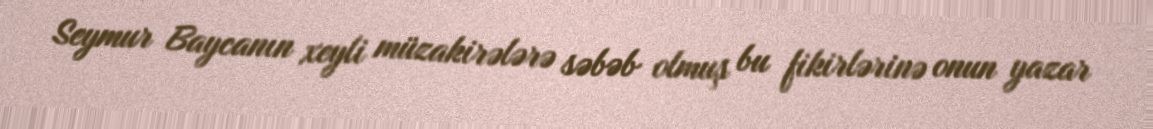
Seymur Baycanın xeyli müzakirələrə səbəb olmuş bu fikirlərinə onun yazar